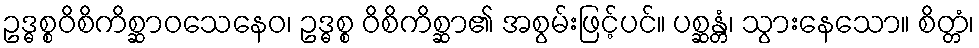
ဥဒ္ဓစ္စဝိစိကိစ္ဆာဝသေနေဝ၊ ဥဒ္ဓစ္စ ဝိစိကိစ္ဆာ၏ အစွမ်းဖြင့်ပင်။ ပစ္ဆန္တံ၊ သွားနေသော။ စိတ္တံ၊